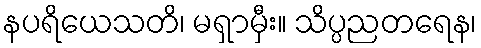
နပရိယေသတိ၊ မရှာမှီး။ သိပ္ပညတရေန၊